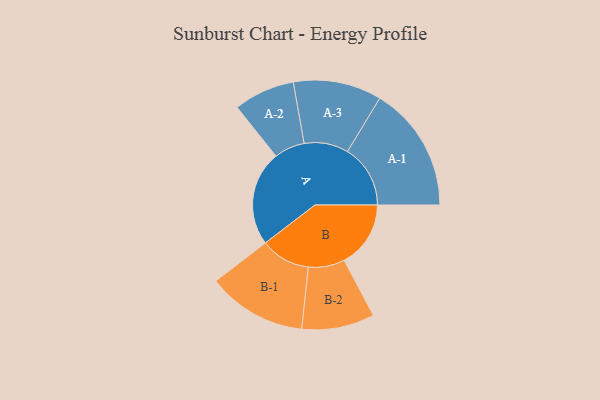
{"axis": {"x": "Segment", "y": "Value"}, "legend": ["", "A", "B"], "data": [{"x": "A", "y": 426, "type": ""}, {"x": "B", "y": 298, "type": ""}, {"x": "A-1", "y": 282, "type": "A"}, {"x": "A-2", "y": 137, "type": "A"}, {"x": "A-3", "y": 198, "type": "A"}, {"x": "B-1", "y": 223, "type": "B"}, {"x": "B-2", "y": 163, "type": "B"}]}